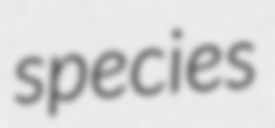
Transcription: species